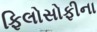
ફિલોસોફીના